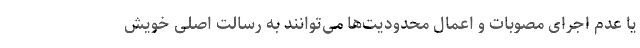
یا عدم اجرای مصوبات و اعمال محدودیت‌ها می‌توانند به رسالت اصلی خویش